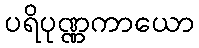
ပရိပုဏ္ဏကာယော